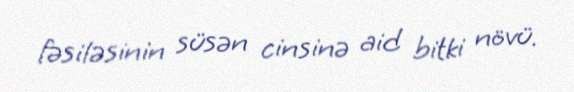
fəsiləsinin süsən cinsinə aid bitki növü.